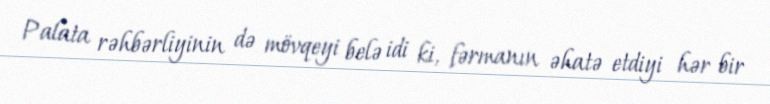
Palata rəhbərliyinin də mövqeyi belə idi ki, fərmanın əhatə etdiyi hər bir